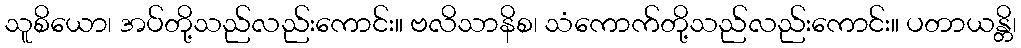
သူစိယော၊ အပ်တို့သည်လည်းကောင်း။ ဗလိသာနိစ၊ သံကောက်တို့သည်လည်းကောင်း။ ပတာယန္တိ၊